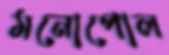
মনোপোল